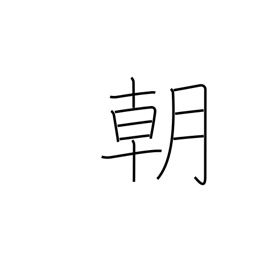
Meaning: dynasty